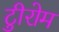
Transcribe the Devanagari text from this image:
टीुरोम